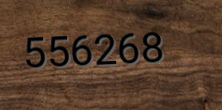
556268